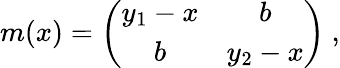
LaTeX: m(x)=\left(\begin{array}{cc}{{y_{1}-x}}&{{b}}\\ {{b}}&{{y_{2}-x}}\end{array}\right)~,